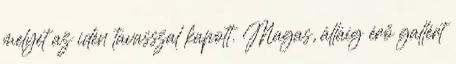
melyet az idén tavasszal kapott. Magas, álláig érő gallért